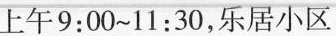
上午9:00~11:30，乐居小区